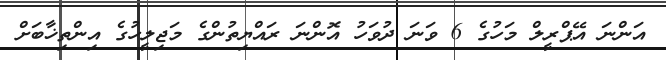
އަންނަ އޭޕްރީލް މަހުގެ 6 ވަނަ ދުވަހު އޮންނަ ރައްޔިތުންގެ މަޖިލީހުގެ އިންތިޚާބަށް